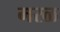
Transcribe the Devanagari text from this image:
मरळ